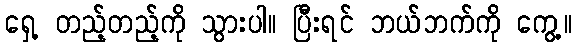
ရှေ့ တည့်တည့်ကို သွားပါ။ ပြီးရင် ဘယ်ဘက်ကို ကွေ့။